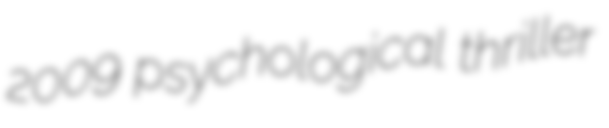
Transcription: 2009 psychological thriller